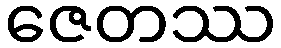
ဇေတဿ